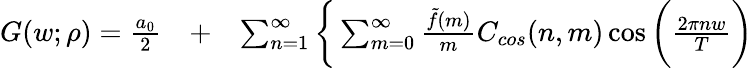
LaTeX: \begin{array}{rlr}{G(w;\rho)=\frac{a_{0}}{2}}&{{}+}&{\sum_{n=1}^{\infty}\bigg\{ \sum_{m=0}^{\infty}\frac{\tilde{f}(m)}{m}C_{cos}(n,m)\cos{\bigg(\frac{2\pi nw}{T}\bigg)}}\end{array}